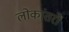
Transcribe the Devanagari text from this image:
लोकांतरों